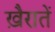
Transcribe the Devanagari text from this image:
ख़ैरातें